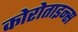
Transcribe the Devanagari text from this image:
कोरोताइन्स